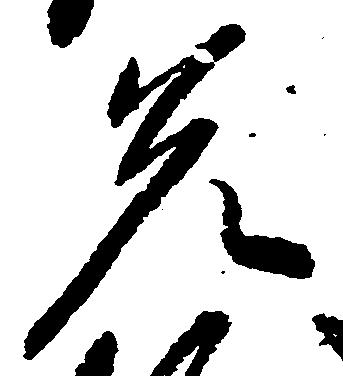
先